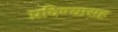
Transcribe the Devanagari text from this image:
प्रविण्यासह